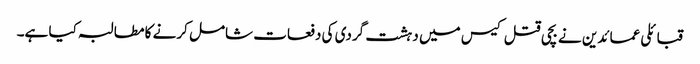
قبائلی عمائدین نے بچی قتل کیس میں دہشت گردی کی دفعات شامل کرنے کا مطالبہ کیا ہے۔